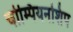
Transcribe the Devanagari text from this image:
चोम्पियनशिप